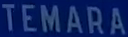
TEMARA